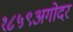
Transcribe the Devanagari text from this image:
१८५९अगोदर